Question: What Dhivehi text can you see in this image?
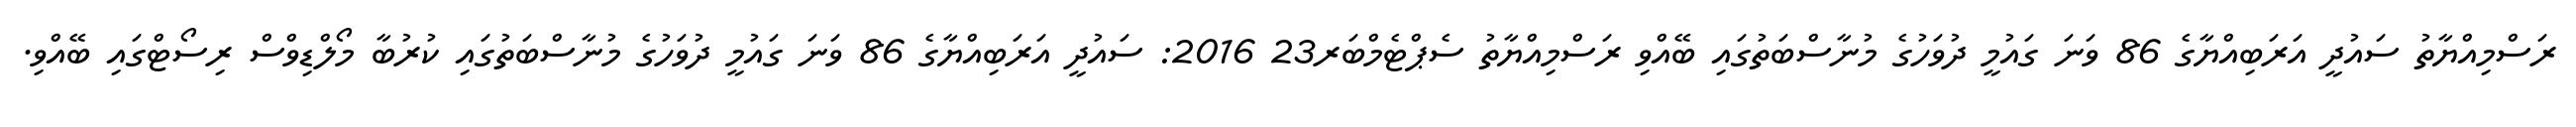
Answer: ރަސްމިއްޔާތު ސައުދީ އަރަބިއްޔާގެ 86 ވަނަ ގައުމީ ދުވަހުގެ މުނާސްބަތުގައި ބޭއްވި ރަސްމިއްޔާތު ސެޕްޓެމްބަރ23 2016: ސައުދީ އަރަބިއްޔާގެ 86 ވަނަ ގައުމީ ދުވަހުގެ މުނާސްބަތުގައި ކުރުބާ މޯލްޑިވްސް ރިސޯޓްގައި ބޭއްވި.